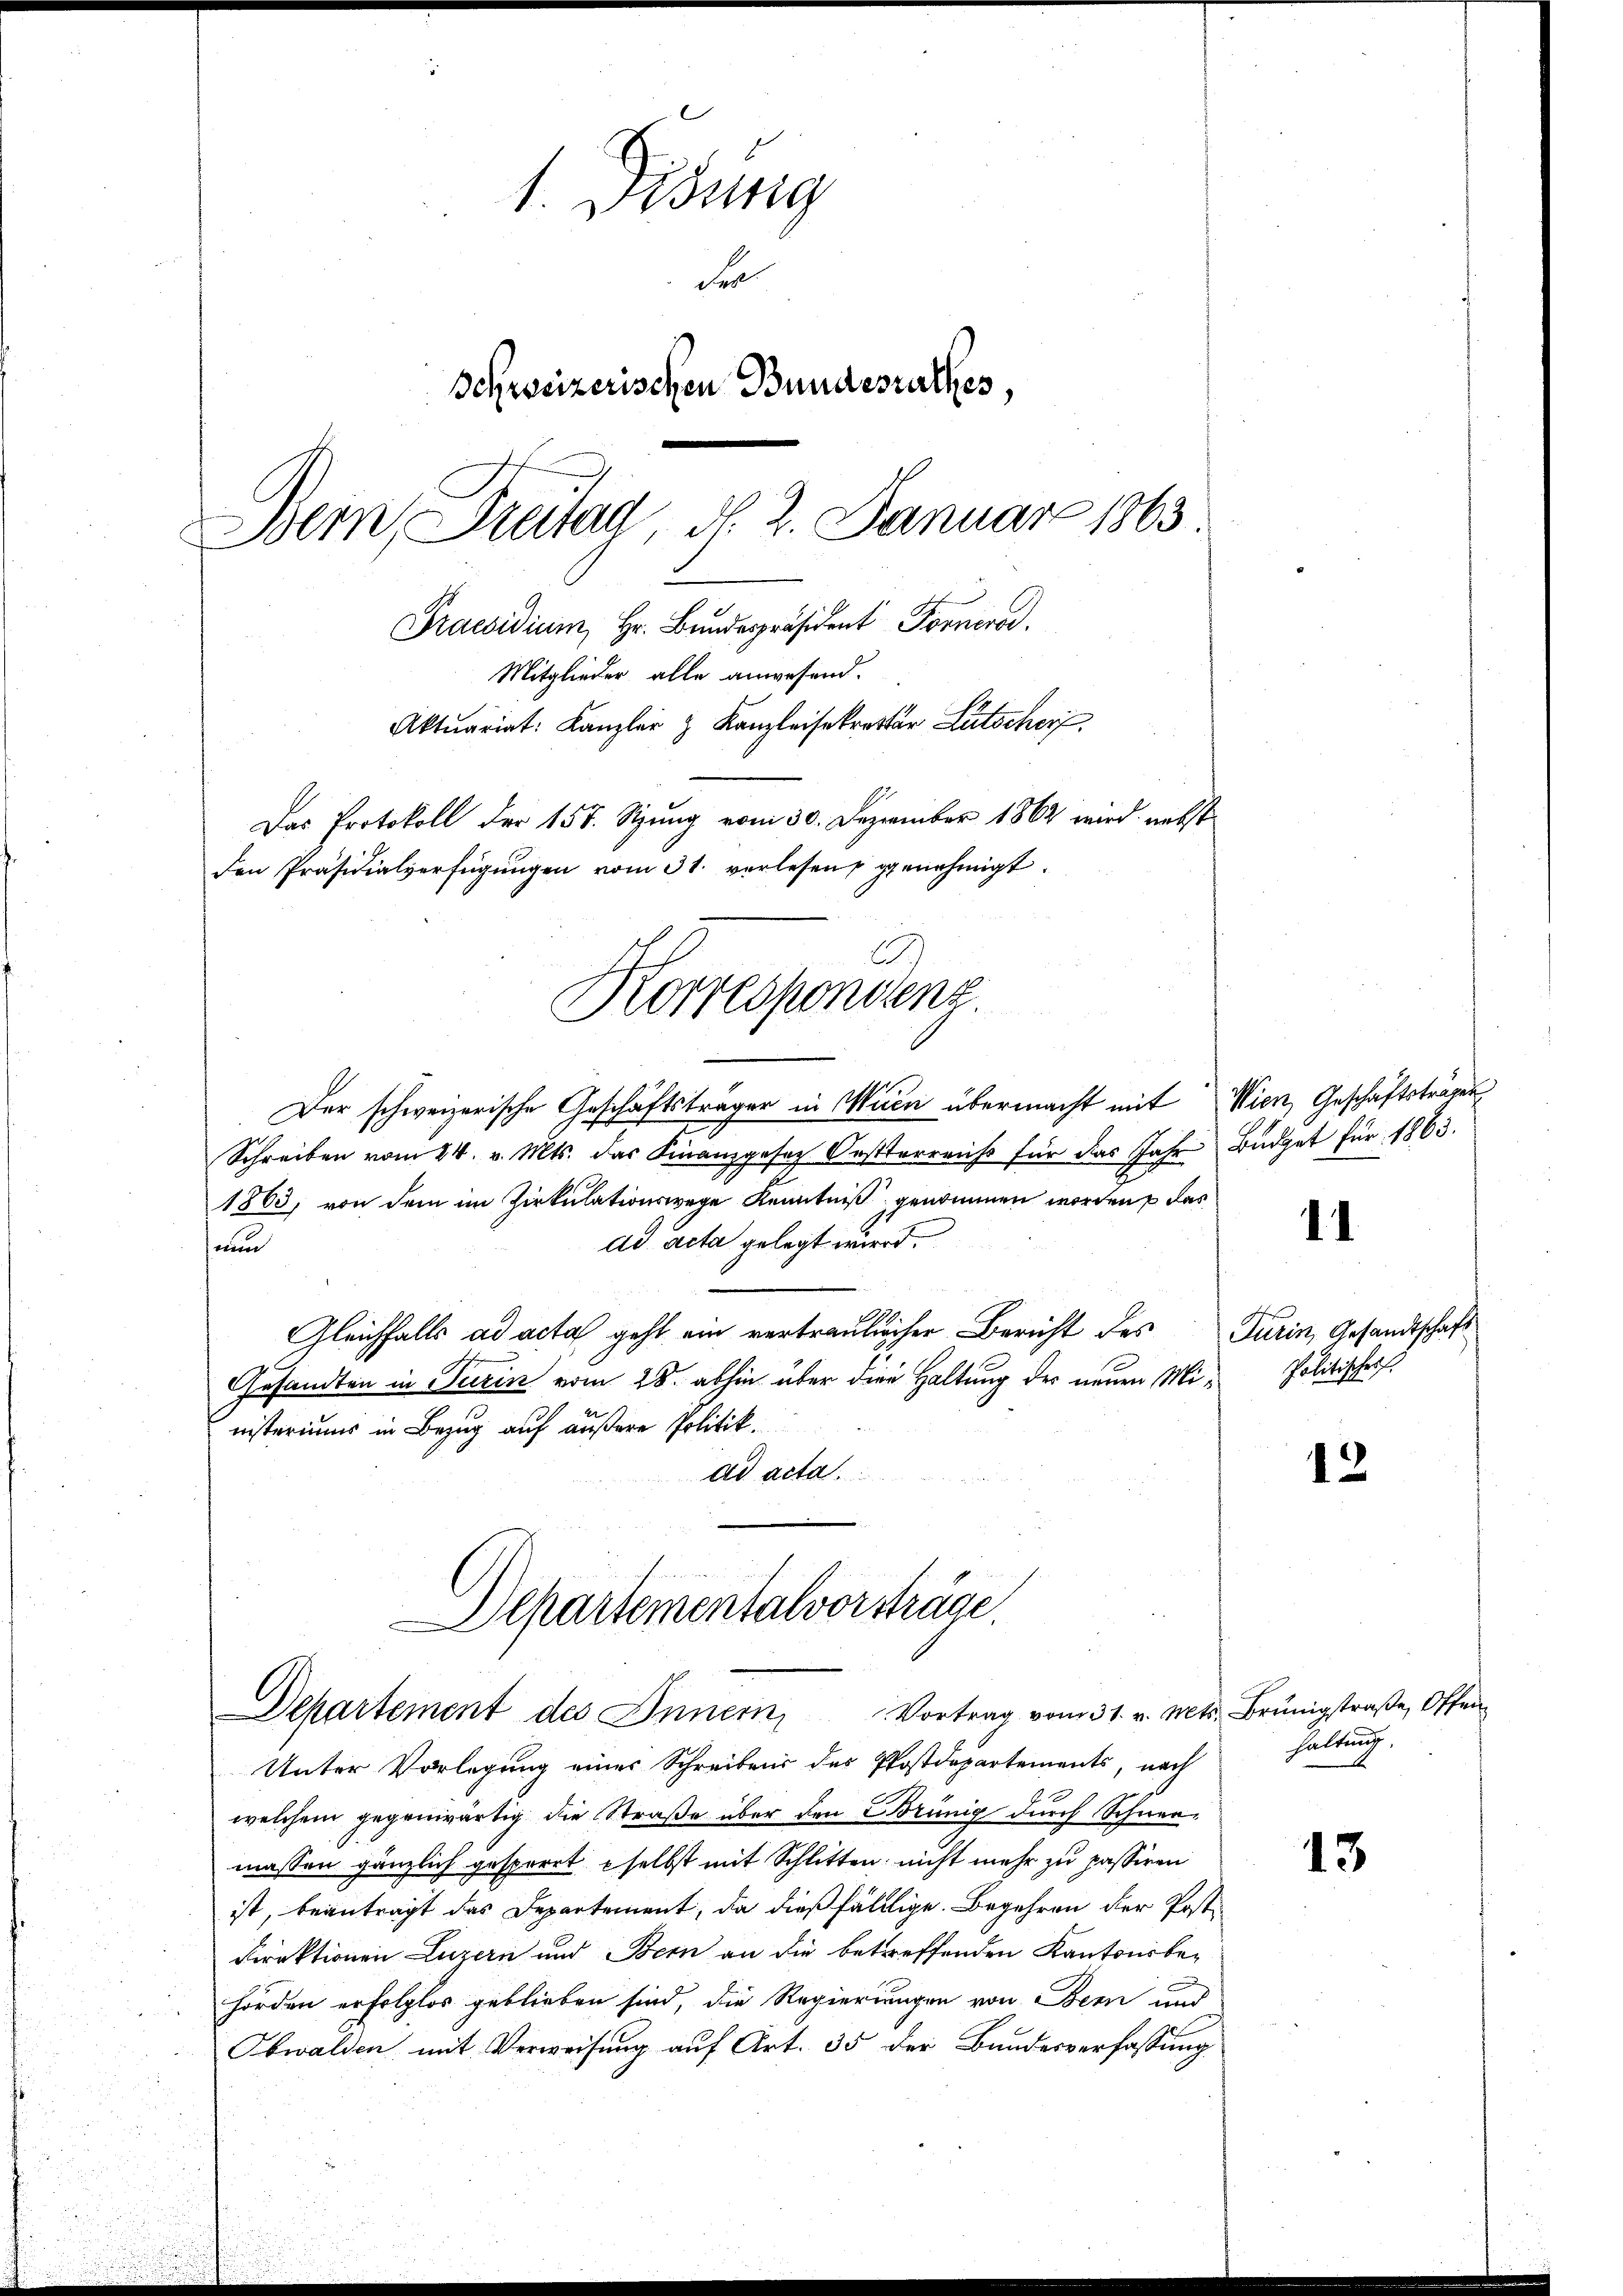
1. Disung
Fer
Schweizerischen Bundesrathes,
Bern, Freitag 22. Januar 1863
Praesidium, Hr. Bundespräsident Fornero.
Mitglieder alle anwesend.
Aktuariat: Kanzler & Kanzleisekretär Lütscher
Das Protokoll der 157. Stung vom 30. Dezember 1862 wird nebst
den Präsidialverfügŭngen vom 31. verlesen genehmigt.

E
Korrespondenz.

Der schweizerische Geschäftsträger in Mein übermacht mit Wien, Geschäftsträgen
Schreiben vom 24. v. Mts. das Finanzgesez Oesterreis für das Jahr Büdget für 1863.
1863, von dem im Zirkulationswege Kenntniß genommen worden, das
de acta gelegt wird.
nun
Gleichfalls ad acta geht ein vertraulicher Bericht des Turin, Gesandtschaft
Gesandten in Turin vom 28. abhin über die Haltung des neuen Ministeriums in Bezug auf äußere Politik.
ad acta

Departementalvorsträge.
Departement des Innern Vortrag vom 31. v. Mts. Brünigstraβe, Offen

Unter Vorlegung einer Schreibens des Postdepartements, nach
welchem gegenwärtig die Straße über den Brünig durch Schneemassen gänzlich gesperrt selbst mit Schlitten nicht mehr zu passiren
ist, beantragt das Departement, da dießfällige Begehren der Post¬
Direktionen Luzern und Bern an die betreffenden Kantonsbehörden erfolglos geblieben sind, die Regierungen von Bern und
Obwalden mit Verweisung auf Art. 35 der Bundesverfassung

.

Politischrif

12

haltung.

13